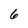
Character: 6